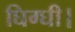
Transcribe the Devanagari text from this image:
घिग्घी।